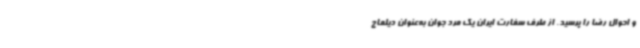
و احوال رضا را پرسید. از طرف سفارت ایران یک مرد جوان به‌عنوان دیلماج